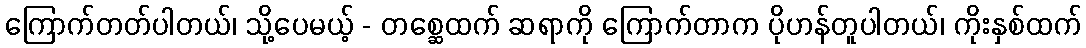
ကြောက်တတ်ပါတယ်၊ သို့ပေမယ့် - တစ္ဆေထက် ဆရာကို ကြောက်တာက ပိုဟန်တူပါတယ်၊ ကိုးနှစ်ထက်